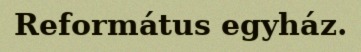
Református egyház.